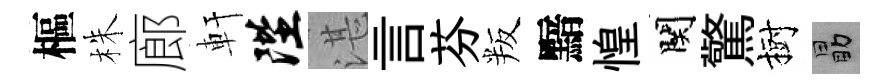
樞株廊軒陛湛言芬叛黯惶関驚樹勗